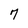
Character: 7